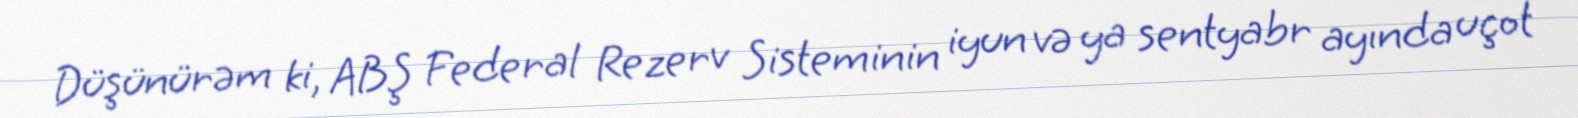
Düşünürəm ki, ABŞ Federal Rezerv Sisteminin iyun və ya sentyabr ayında uçot